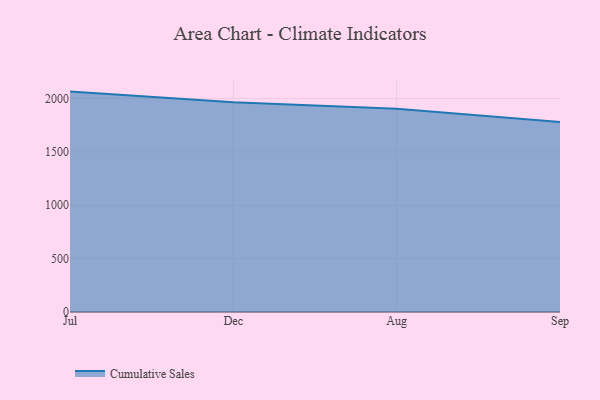
{"axis": {"x": "Month", "y": "Website Visitors"}, "legend": ["Cumulative Sales"], "data": [{"x": "Jul", "y": 2064.4, "type": "Cumulative Sales"}, {"x": "Dec", "y": 1963.5, "type": "Cumulative Sales"}, {"x": "Aug", "y": 1902.6, "type": "Cumulative Sales"}, {"x": "Sep", "y": 1778.5, "type": "Cumulative Sales"}]}